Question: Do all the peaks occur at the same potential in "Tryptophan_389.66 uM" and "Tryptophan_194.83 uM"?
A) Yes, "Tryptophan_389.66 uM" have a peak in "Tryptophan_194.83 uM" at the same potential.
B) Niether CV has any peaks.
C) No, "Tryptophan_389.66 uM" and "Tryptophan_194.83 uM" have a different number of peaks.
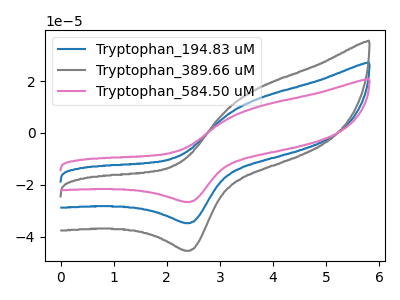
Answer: <think>The blue curve "Tryptophan_194.83 uM" has an anodic peak at (3.65V, 12.75uA) and a cathodic peak at (2.45V, -34.80uA). The gray curve "Tryptophan_389.66 uM" has an anodic peak at (3.65V, 16.65uA) and a cathodic peak at (2.45V, -45.45uA). The pink curve "Tryptophan_584.50 uM" has an anodic peak at (3.65V, 25.50uA) and a cathodic peak at (2.45V, -69.60uA).</think>
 <answer>A) Yes, "Tryptophan_389.66 uM" have a peak in "Tryptophan_194.83 uM" at the same potential.</answer>
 <eval>A</eval>